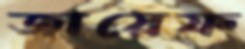
জায়েফ